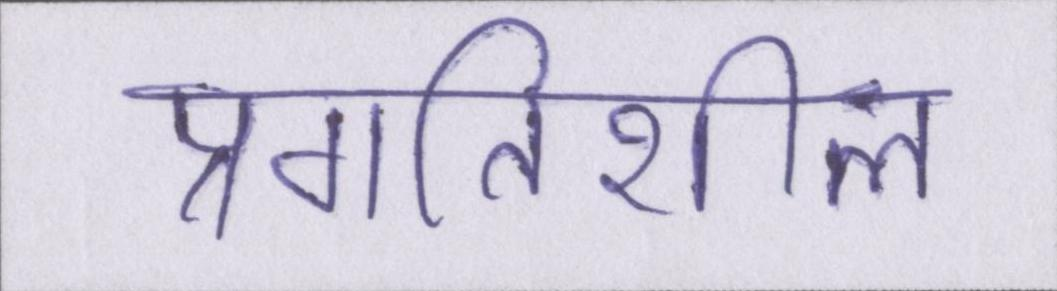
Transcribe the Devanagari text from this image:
प्रगतिशील